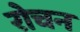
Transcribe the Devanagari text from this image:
रोचन